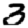
Digit: 3